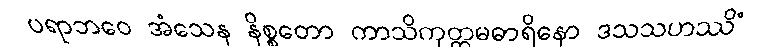
ပရာဘဝေ အံသေန နိစ္စတော ကာသိကုတ္တမဓာရိနော ဒသသဟဿိံ